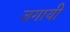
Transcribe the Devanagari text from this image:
जगायी